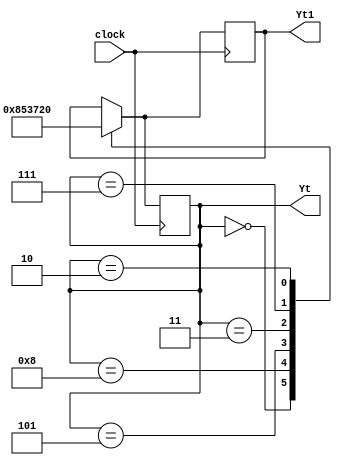
module sequence_generator(Yt,Yt1,clock);
	input clock;
	output[3:0] Yt,Yt1;
	reg[3:0] Yt,Yt1;
	
	initial begin
		Yt=4'b0010;
	end
	always @(posedge clock)
		begin
			case (Yt)		
				4'b0000:	
					begin
						Yt1=4'b1000;
					end
				4'b1000:
					begin
						Yt1=4'b0101;
					end
				4'b0101:
					begin
						Yt1=4'b0011;
					end
				4'b0011:
					begin
						Yt1=4'b0111;
					end
				4'b0111:
					begin
						Yt1=4'b0010;
					end
				4'b0010:
					begin
						Yt1=4'b0000;
					end
			endcase
			Yt<=Yt1;
		end
endmodule